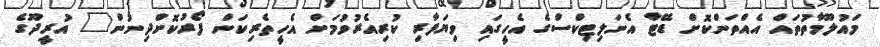
މައުލޫމާތުތައް އެއްތަންކޮށް ޑޭޓާ އެނަލިޓިކްސްގެ އެހީގައި ވިޔަފާރި ކުރިއެރުވުމަށް އެހީތެރިކަން ފޯރުކޮށްދިނުން" އުރީދޫގެ